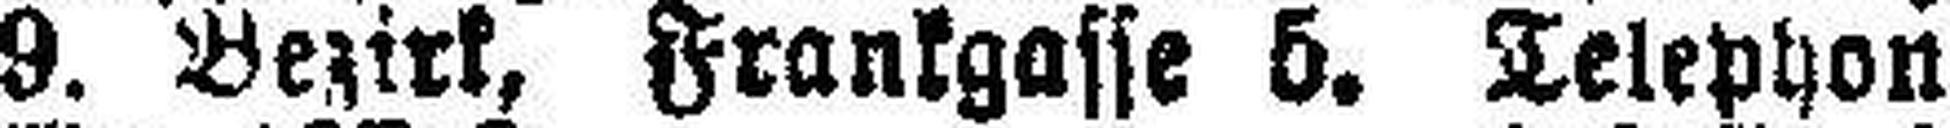
9. Bezirk, Frankgasse 5. Telephon